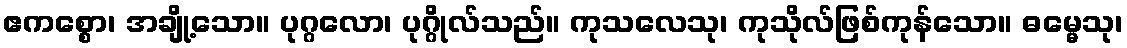
ဧကစ္စော၊ အချို့သော။ ပုဂ္ဂလော၊ ပုဂ္ဂိုလ်သည်။ ကုသလေသု၊ ကုသိုလ်ဖြစ်ကုန်သော။ ဓမ္မေသု၊